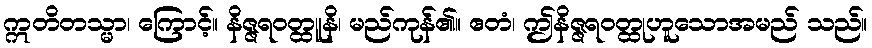
ဣတိတသ္မာ၊ ကြောင့်။ နိဇ္ဇရဝတ္ထူနိ၊ မည်ကုန်၏။ ဧတံ၊ ဤနိဇ္ဇရဝတ္ထုဟူသောအမည် သည်။